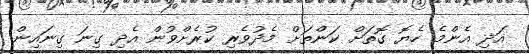
އަދި އެންމެ ހެޔޮ ގޮތަށް ކަންތަށް މެދުވެރި ކުރެށްވުން އެދި ގިނަ ގިނައިން